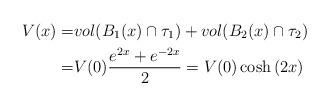
LaTeX: \begin{align*}V(x) =& vol(B_1(x) \cap \tau_1) + vol(B_2(x) \cap \tau_2) \\ =& V(0)\frac{e^{2x}+e^{-2x}}{2}= V(0)\cosh\left(2x\right) \end{align*}